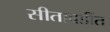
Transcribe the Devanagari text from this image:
सीताबर्डीत